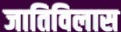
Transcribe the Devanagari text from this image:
जातिविलास